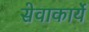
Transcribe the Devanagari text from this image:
सेवाकार्ये